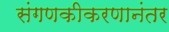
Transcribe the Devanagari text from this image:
संगणकीकरणानंतर